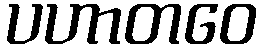
ပဟာတဝေ